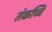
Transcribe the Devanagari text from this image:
तंकच्चि